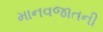
માનવજાતની